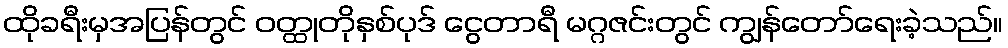
ထိုခရီးမှအပြန်တွင် ဝတ္ထုတိုနှစ်ပုဒ် ငွေတာရီ မဂ္ဂဇင်းတွင် ကျွန်တော်ရေးခဲ့သည်။